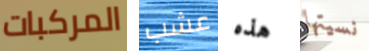
المركبات عشب هذه نسيتها